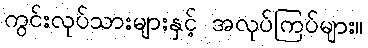
ကွင်းလုပ်သားများနှင့် အလုပ်ကြပ်များ။